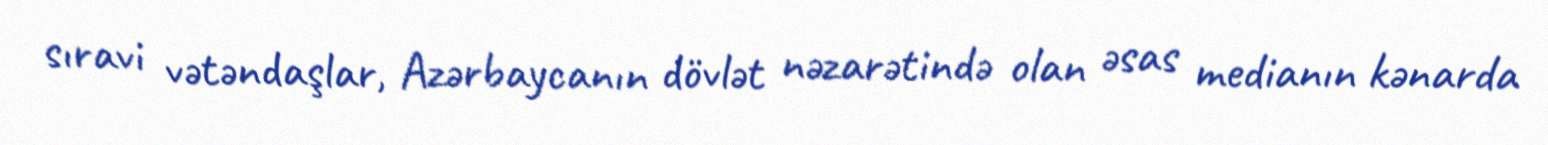
sıravi vətəndaşlar, Azərbaycanın dövlət nəzarətində olan əsas medianın kənarda